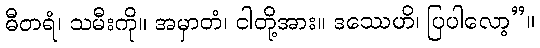
ဓီတရံ၊ သမီးကို။ အမှာတံ၊ ငါတို့အား။ ဒဿေဟိ၊ ပြပါလော့”။